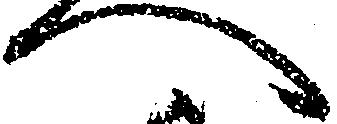
へ